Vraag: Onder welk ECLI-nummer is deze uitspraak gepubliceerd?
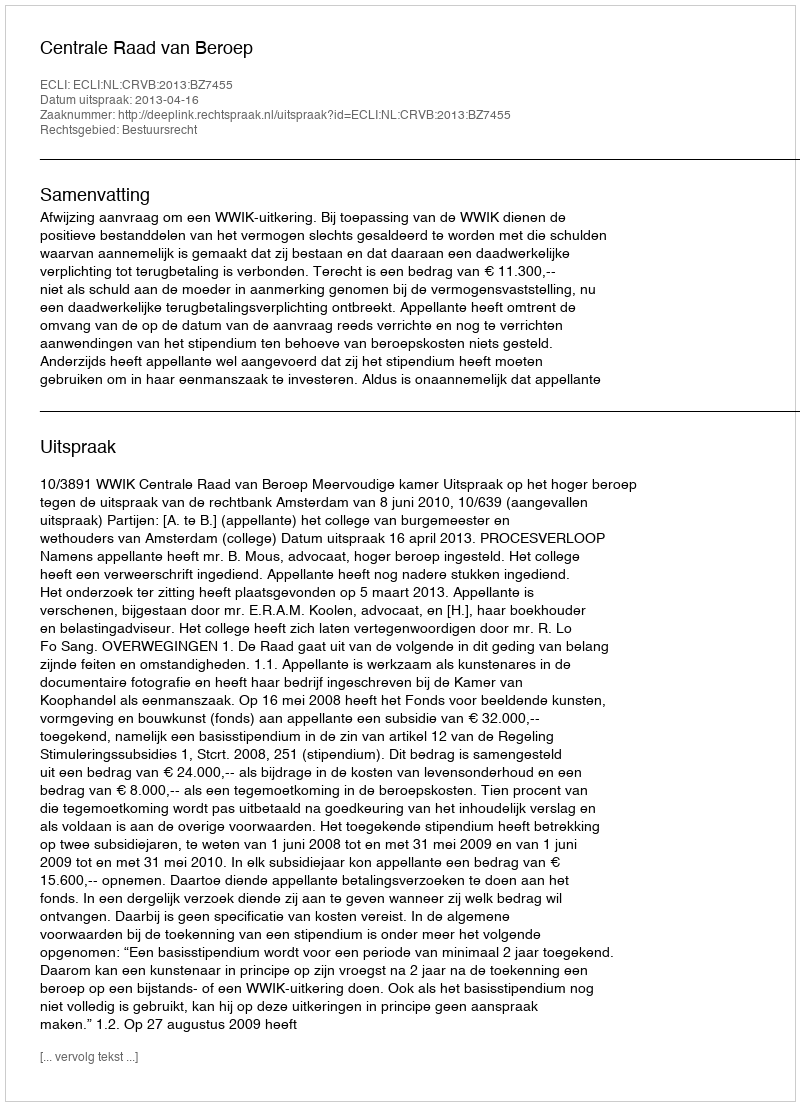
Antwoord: ECLI:NL:CRVB:2013:BZ7455